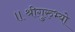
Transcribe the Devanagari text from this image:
॥श्रीगुरुभ्यो